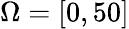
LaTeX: \Omega=[0,50]